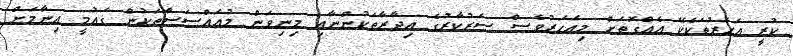
ކުރީ އަހަރުތަކެކޭ އެއްގޮތަށް މިއަހަރުވެސް ސަރުކާރުގެ އިދާރާތަކުންނާއި މިނިވަން މުއައްސަސާތަކުން ގައުމީ އިނާމަށް